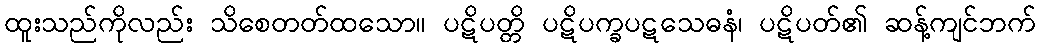
ထူးသည်ကိုလည်း သိစေတတ်ထသော။ ပဋိပတ္တိ ပဋိပက္ခပဋသေဓနံ၊ ပဋိပတ်၏ ဆန့်ကျင်ဘက်